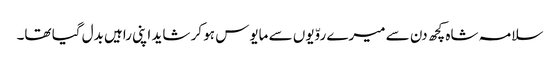
سلامہ شاہ کچھ دن سے میرے روّیوں سے مایوس ہو کر شاید اپنی راہیں بدل گیا تھا۔